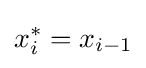
x_{i}^{*}=x_{i-1}